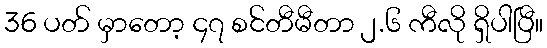
36 ပတ် မှာတော့ ၄၇ စင်တီမီတာ ၂.၆ ကီလို ရှိပါပြီ။